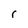
Character: r